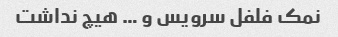
نمک فلفل سرویس و … هیچ نداشت